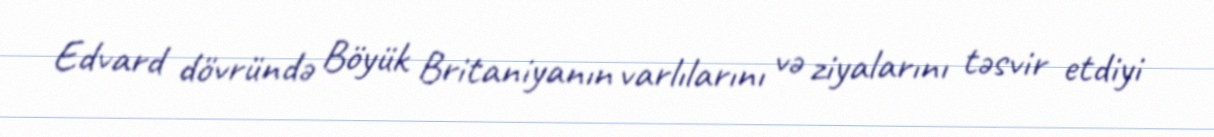
Edvard dövründə Böyük Britaniyanın varlılarını və ziyalarını təsvir etdiyi